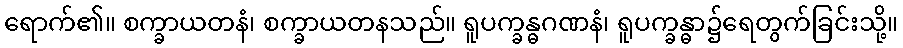
ရောက်၏။ စက္ခာယတနံ၊ စက္ခာယတနသည်။ ရူပက္ခန္ဓဂဏနံ၊ ရူပက္ခန္ဓာ၌ရေတွက်ခြင်းသို့။